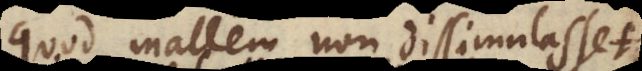
quod vellem non dissimulasset,